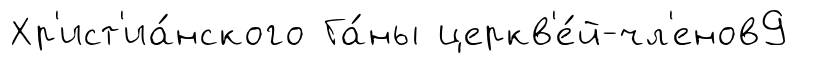
Хр'ист'иа́нского Га́ны церкв'е́й-чл'енов9